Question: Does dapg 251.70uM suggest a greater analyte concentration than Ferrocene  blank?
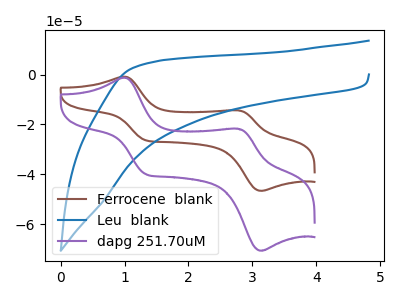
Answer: <think>The brown curve "Ferrocene  blank" has anodic peaks at (0.95V, -0.85uA) (2.80V, -14.35uA) and cathodic peaks at (1.35V, -26.40uA) (3.15V, -46.70uA). The blue curve "Leu  blank" has no peaks. The purple curve "dapg 251.70uM" has anodic peaks at (0.95V, -1.25uA) (2.80V, -21.75uA) and cathodic peaks at (1.35V, -40.00uA) (3.15V, -70.70uA).
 All the peaks in "dapg 251.70uM" have a peak in "Ferrocene  blank" at the same potential.</think>
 <answer>I cant tell if "dapg 251.70uM" or "Ferrocene  blank" has more signal.</answer>
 <eval>mixed_signal</eval>